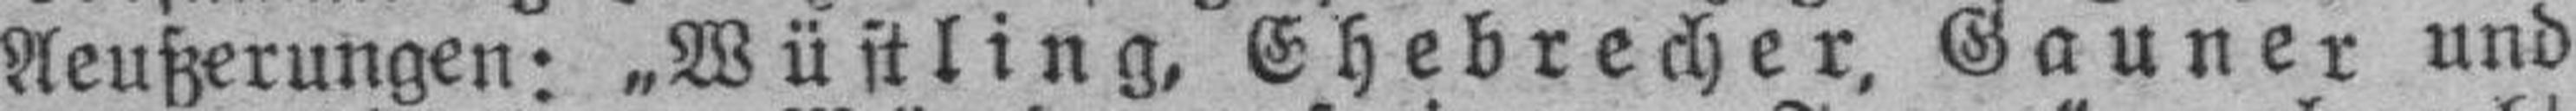
Aeußerungen: „Wüstling, Ehebrecher, Gauner und